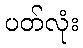
ပတ်လုံး